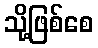
သို့ဖြစ်စေ